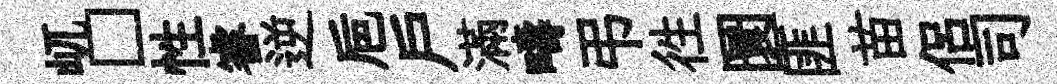
屼□性睿逆巵戸滿疇弔徃圜匪苗侣司